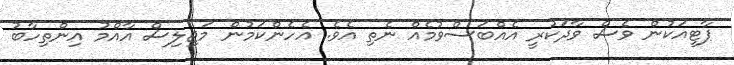
ޕާޓީއަކުން ވެސް ވާދަކުރީ އެއްބަސްވުމެއް ނެތި އެވެ. އެހެންކަމުން މަޖިލިސް އާއްމު އިންތިހާބު